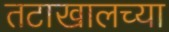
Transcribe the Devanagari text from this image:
तटाखालच्या